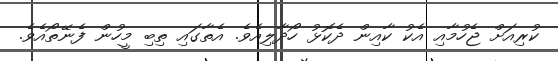
ކުރިއަށް ޖެހުމާއި އެކު ކާއިން ދެކޮޅު ހޯދާލިއެވެ. އެތާގައި ތިބި މީހުން ފެނޭތޯއެވެ.